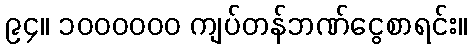
၉၄။ ၁၀၀၀၀၀၀ ကျပ်တန်ဘဏ်ငွေစာရင်း။